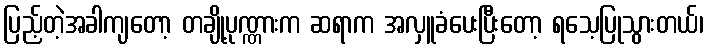
ပြည့်တဲ့အခါကျတော့ တချို့ပုဏ္ဏားက ဆရာက အလှူခံပေးပြီးတော့ ရသေ့ပြုသွားတယ်၊